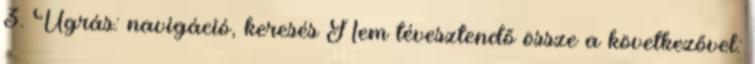
3. Ugrás: navigáció, keresés Nem tévesztendő össze a következővel: